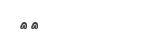
٥٤